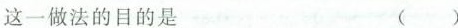
这一做法的目的是 ( )